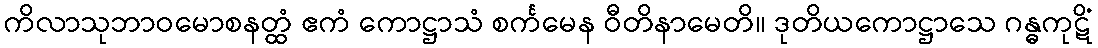
ကိလာသုဘာဝမောစနတ္ထံ ဧကံ ကောဋ္ဌာသံ စင်္ကမေန ဝီတိနာမေတိ။ ဒုတိယကောဋ္ဌာသေ ဂန္ဓကုဋိံ